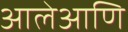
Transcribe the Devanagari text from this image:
आलेआणि